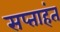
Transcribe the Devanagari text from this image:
सप्‍ताहंत